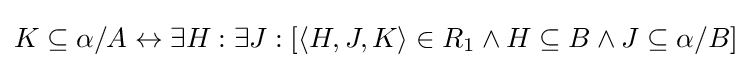
K\subseteq \alpha /A\leftrightarrow \exists H:\exists J:[\langle H,J,K\rangle \in R_{1}\wedge H\subseteq B\wedge J\subseteq \alpha /B]